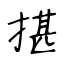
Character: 揕